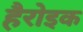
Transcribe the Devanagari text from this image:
हैरोइक